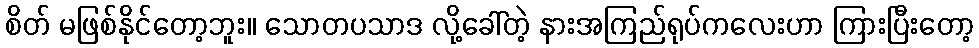
စိတ် မဖြစ်နိုင်တော့ဘူး။ သောတပသာဒ လို့ခေါ်တဲ့ နားအကြည်ရုပ်ကလေးဟာ ကြားပြီးတော့